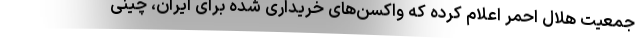
جمعیت هلال احمر اعلام کرده که واکسن‌های خریداری شده برای ایران، چینی